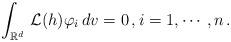
LaTeX: \begin{align*} \int_{\mathbb R^d}\, \mathcal L(h) \varphi_i\, dv=0\,, i=1, \cdots, n\,. \end{align*}